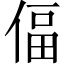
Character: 偪